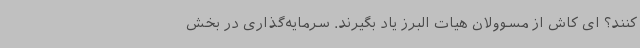
کنند؟ ای کاش از مسوولان هیات البرز یاد بگیرند. سرمایه‌گذاری در بخش